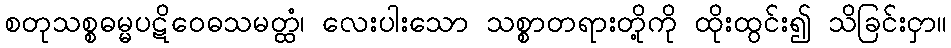
စတုသစ္စဓမ္မပဋိဝေဓသမတ္ထံ၊ လေးပါးသော သစ္စာတရားတို့ကို ထိုးထွင်း၍ သိခြင်းငှာ။